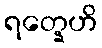
ရတ္နေဟိ